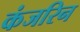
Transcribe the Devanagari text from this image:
कंजरिन